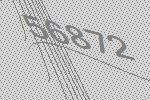
56872